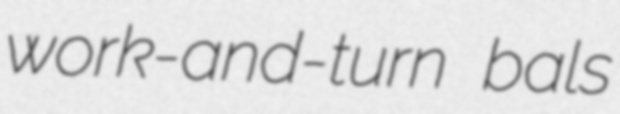
work-and-turn bals